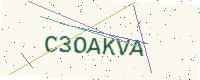
Text: C3OAKVA